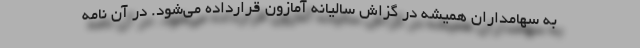
به سهامداران همیشه در گزاش سالیانه آمازون قرارداده می‌شود. در آن نامه